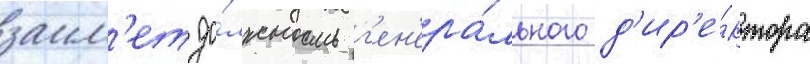
заим'ет до́лжность г'ен'ера́льного д'ир'е́ктора